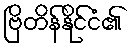
ဗြိတိန်နိုင်ငံ၏